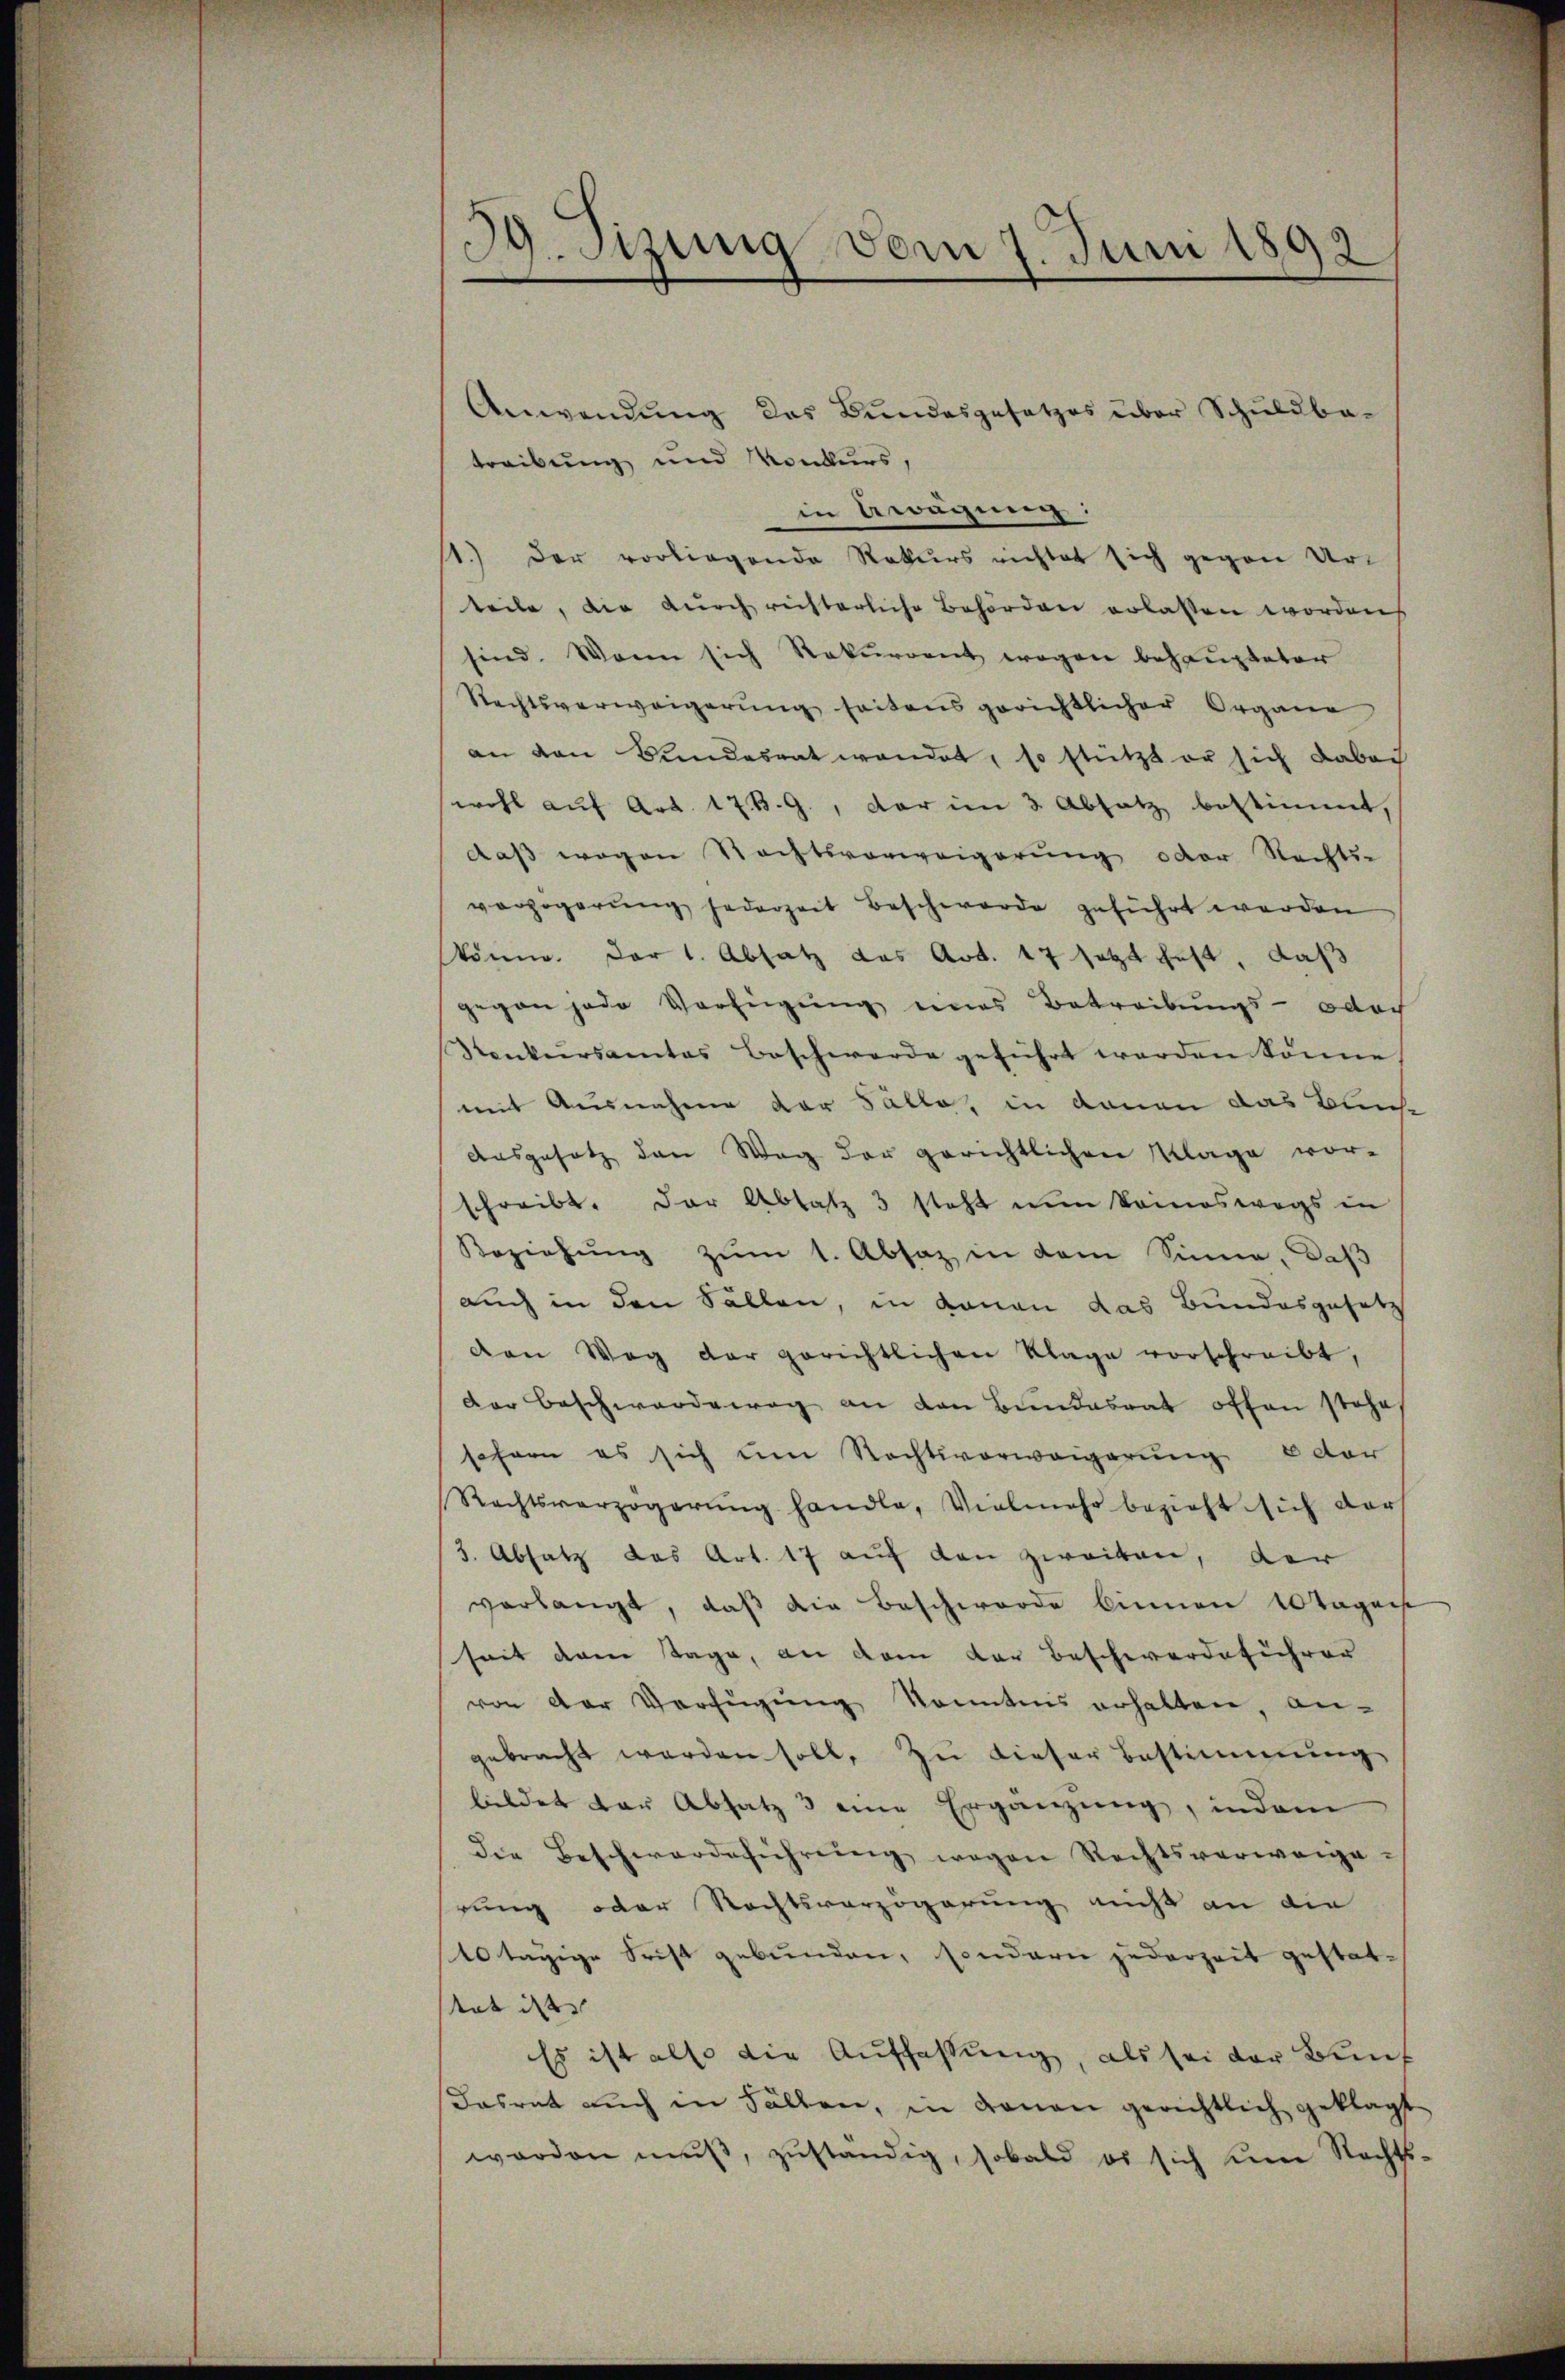
g. Tizung vom 7. Juni 1892

Anwendung des Bundesgesetzes über Schuldbatreibung und Konkurs,
in Gwägung:
11.) Der vorliegende Rekurs richtet sich gegen Urteile, die durch richterliche Behörden erlassen worden
sind. Wenn sich Rekurrent wegen behaupteter
Rechtsverweigerung seitens gerichtlicher Organe
an den Kindesrat wendet, so stützt er sich dabei
wohl auf Art. 17. B. G., der im 3 Absatz bestimmt,
daß wegen Rechtsverweigerung oder Rechts-
verzögerung jederzeit Beschwerde geführt werden
könne. Der 1. Absatz das Art. 17 setzt fest, daß
gegen jede Verfügŭng eines Betreibŭngs- odoch
Konkursamtes Beschwerde geführt werden könne
mit Ausnahme der Falle, in denen das Buche
Aŭsgesetz den Weg der gerichtlichen Klage vor-
schreibt. Der Absatz 3 steht nun keineswegs in
Beziehŭng zŭm 1. Absaz in dem Sinne, daβ
auch in den Sallen, in donau das Bundesgesetz
ven Weg der gerichtlichen Klage vorschreibt,
der Beschwerdeweg an den Bundesrat offen stehe,
sofern es sich um Rechtsverweigerung oder
Rechtsverzögerŭng handle, Vielmehr bezieht sich darf
3. Absatz das Art. 17 auf den zweiten, der
verlangt, daß die Beschwerde binnen Tages
seit dem Tage, an dem dar beschwerdeführer
von der Verfügŭng konntnis erhalten an-
gebracht werden soll, zu dieser Bestimmung
bildet der Absatz 3 eine Ergänzung, indem
die Beschwerdeführŭng wegen Rechtsverweigerung oder Rechtsverzögerung nicht an die
40 tägige Frist gebunden, sondern jederzeit gestattet ist |
Es ist also die Auffassung, als sei der Bund
dasrat auch in Fällen, in denen gerichtlich geklagt
werden mŭβ, zŭständig, sobald es sich um Rechts-